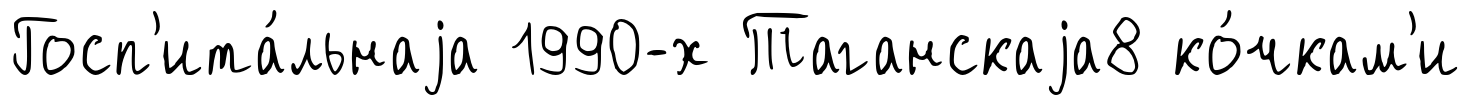
Госп'ита́льнаjа 1990-х Таганскаjа8 ко́чкам'и